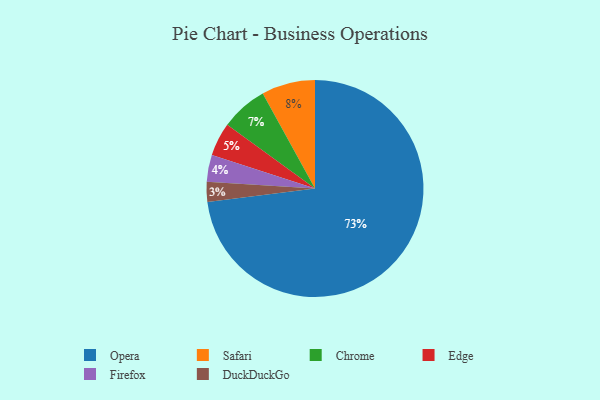
{"axis": {"x": "Category", "y": "Percentage"}, "legend": ["Chrome", "DuckDuckGo", "Edge", "Firefox", "Opera", "Safari"], "data": [{"x": "Safari", "y": 8, "type": "Safari"}, {"x": "DuckDuckGo", "y": 3, "type": "DuckDuckGo"}, {"x": "Firefox", "y": 4, "type": "Firefox"}, {"x": "Opera", "y": 73, "type": "Opera"}, {"x": "Edge", "y": 5, "type": "Edge"}, {"x": "Chrome", "y": 7, "type": "Chrome"}]}